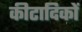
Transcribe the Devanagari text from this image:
कीटादिकों